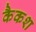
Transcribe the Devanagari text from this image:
कैकश